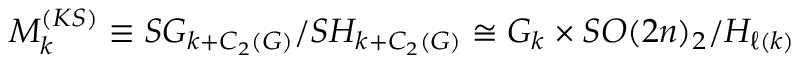
M _ { k } ^ { \tiny ( K S ) } \equiv { \cal S } G _ { k + C _ { 2 } ( G ) } / { \cal S } H _ { k + C _ { 2 } ( G ) } \cong G _ { k } \times S O ( 2 n ) _ { 2 } / H _ { \ell ( k ) }